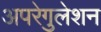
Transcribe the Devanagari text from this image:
अपरेगुलेशन